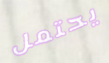
يحتمل